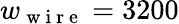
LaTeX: w_{\mathrm{~w~i~r~e~}}=3200